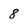
Character: 8